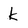
Character: k